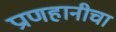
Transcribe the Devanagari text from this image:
प्राणहानीचा